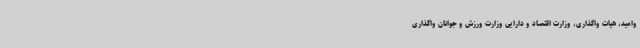
وامید، هیات واگذاری، وزارت اقتصاد و دارایی وزارت ورزش و جوانان واگذاری